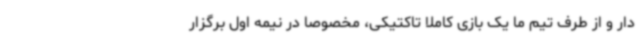
دار و از طرف تیم ما یک بازی کاملا تاکتیکی، مخصوصا در نیمه اول برگزار